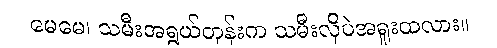
မေမေ၊ သမီးအရွယ်တုန်းက သမီးလိုပဲအရူးထလား။